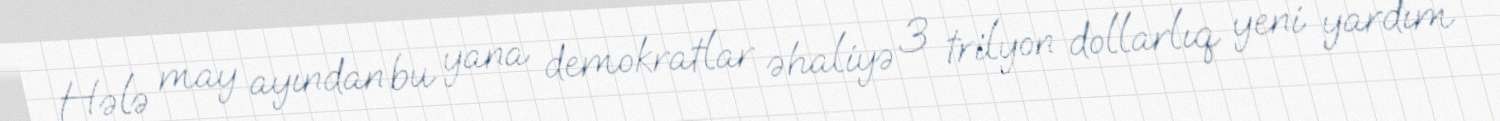
Hələ may ayından bu yana demokratlar əhaliyə 3 trilyon dollarlıq yeni yardım